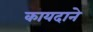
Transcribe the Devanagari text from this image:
कायदाने